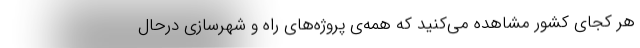
هر کجای کشور مشاهده می‌کنید که همه‌ی پروژه‌های راه و شهرسازی درحال